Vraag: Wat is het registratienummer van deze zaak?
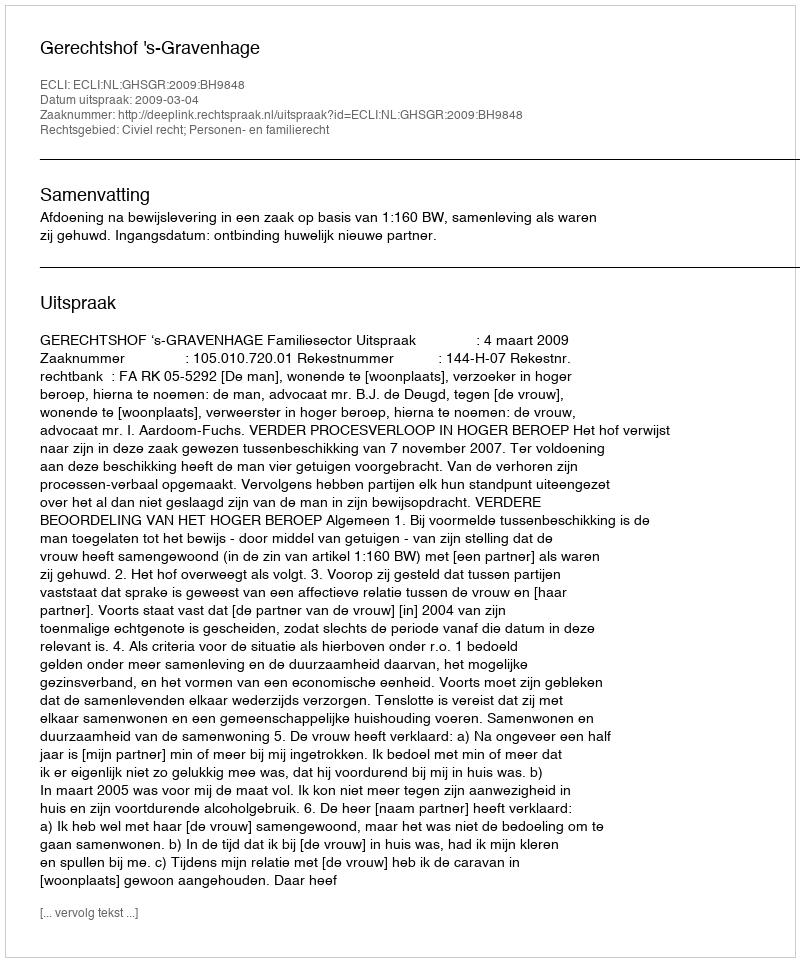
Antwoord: http://deeplink.rechtspraak.nl/uitspraak?id=ECLI:NL:GHSGR:2009:BH9848